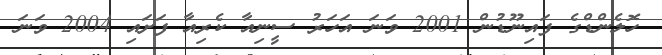
ހޮލެންޑްގެ ފައިނޫޑުން 2001 ވަނަ އަހަރު ސީނިއާ ކެރިއާ ފަށައި 2004 ވަނަ